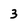
Character: 3